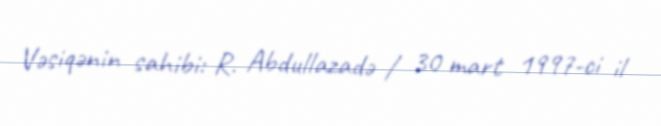
Vəsiqənin sahibi: R. Abdullazadə / 30 mart 1997-ci il